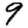
Digit: 9